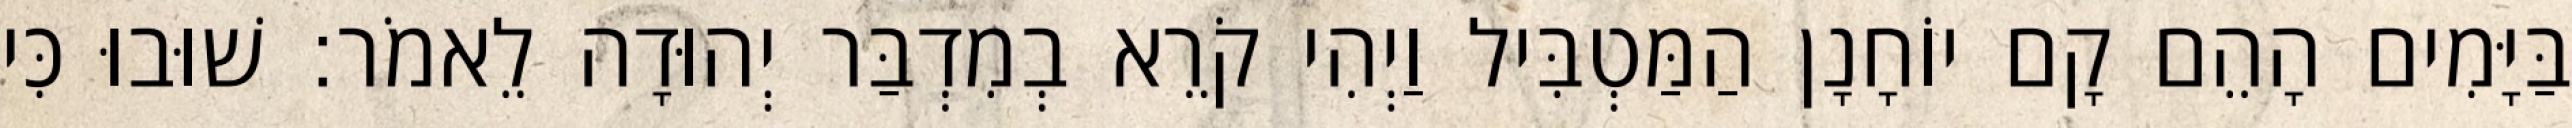
בַּיָּמִים הָהֵם קָם יוֹחָנָן הַמַּטְבִּיל וַיְהִי קֹרֵא בְמִדְבַּר יְהוּדָה לֵאמֹר׃ שׁוּבוּ כִּי